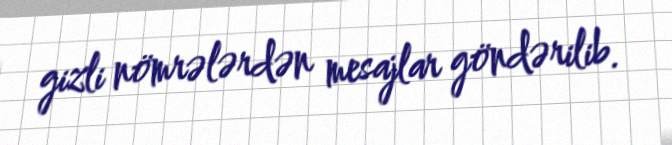
gizli nömrələrdən mesajlar göndərilib.